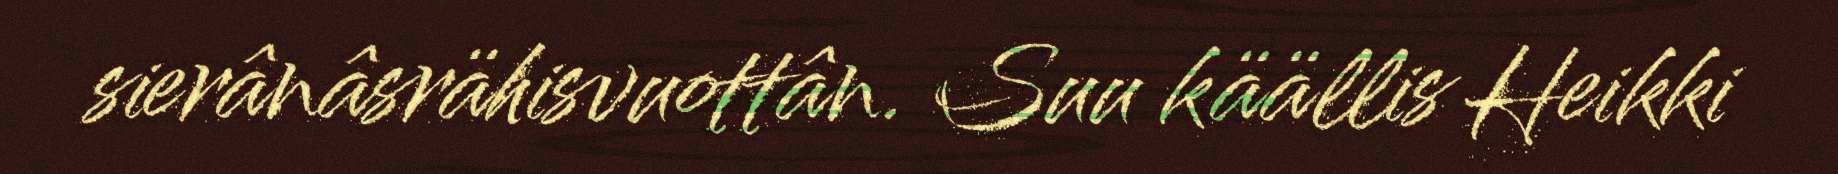
sierânâsrähisvuottân. Suu käällis Heikki